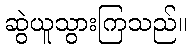
ဆွဲယူသွားကြသည်။